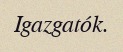
Igazgatók.